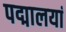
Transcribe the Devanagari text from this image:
पद्मालयां